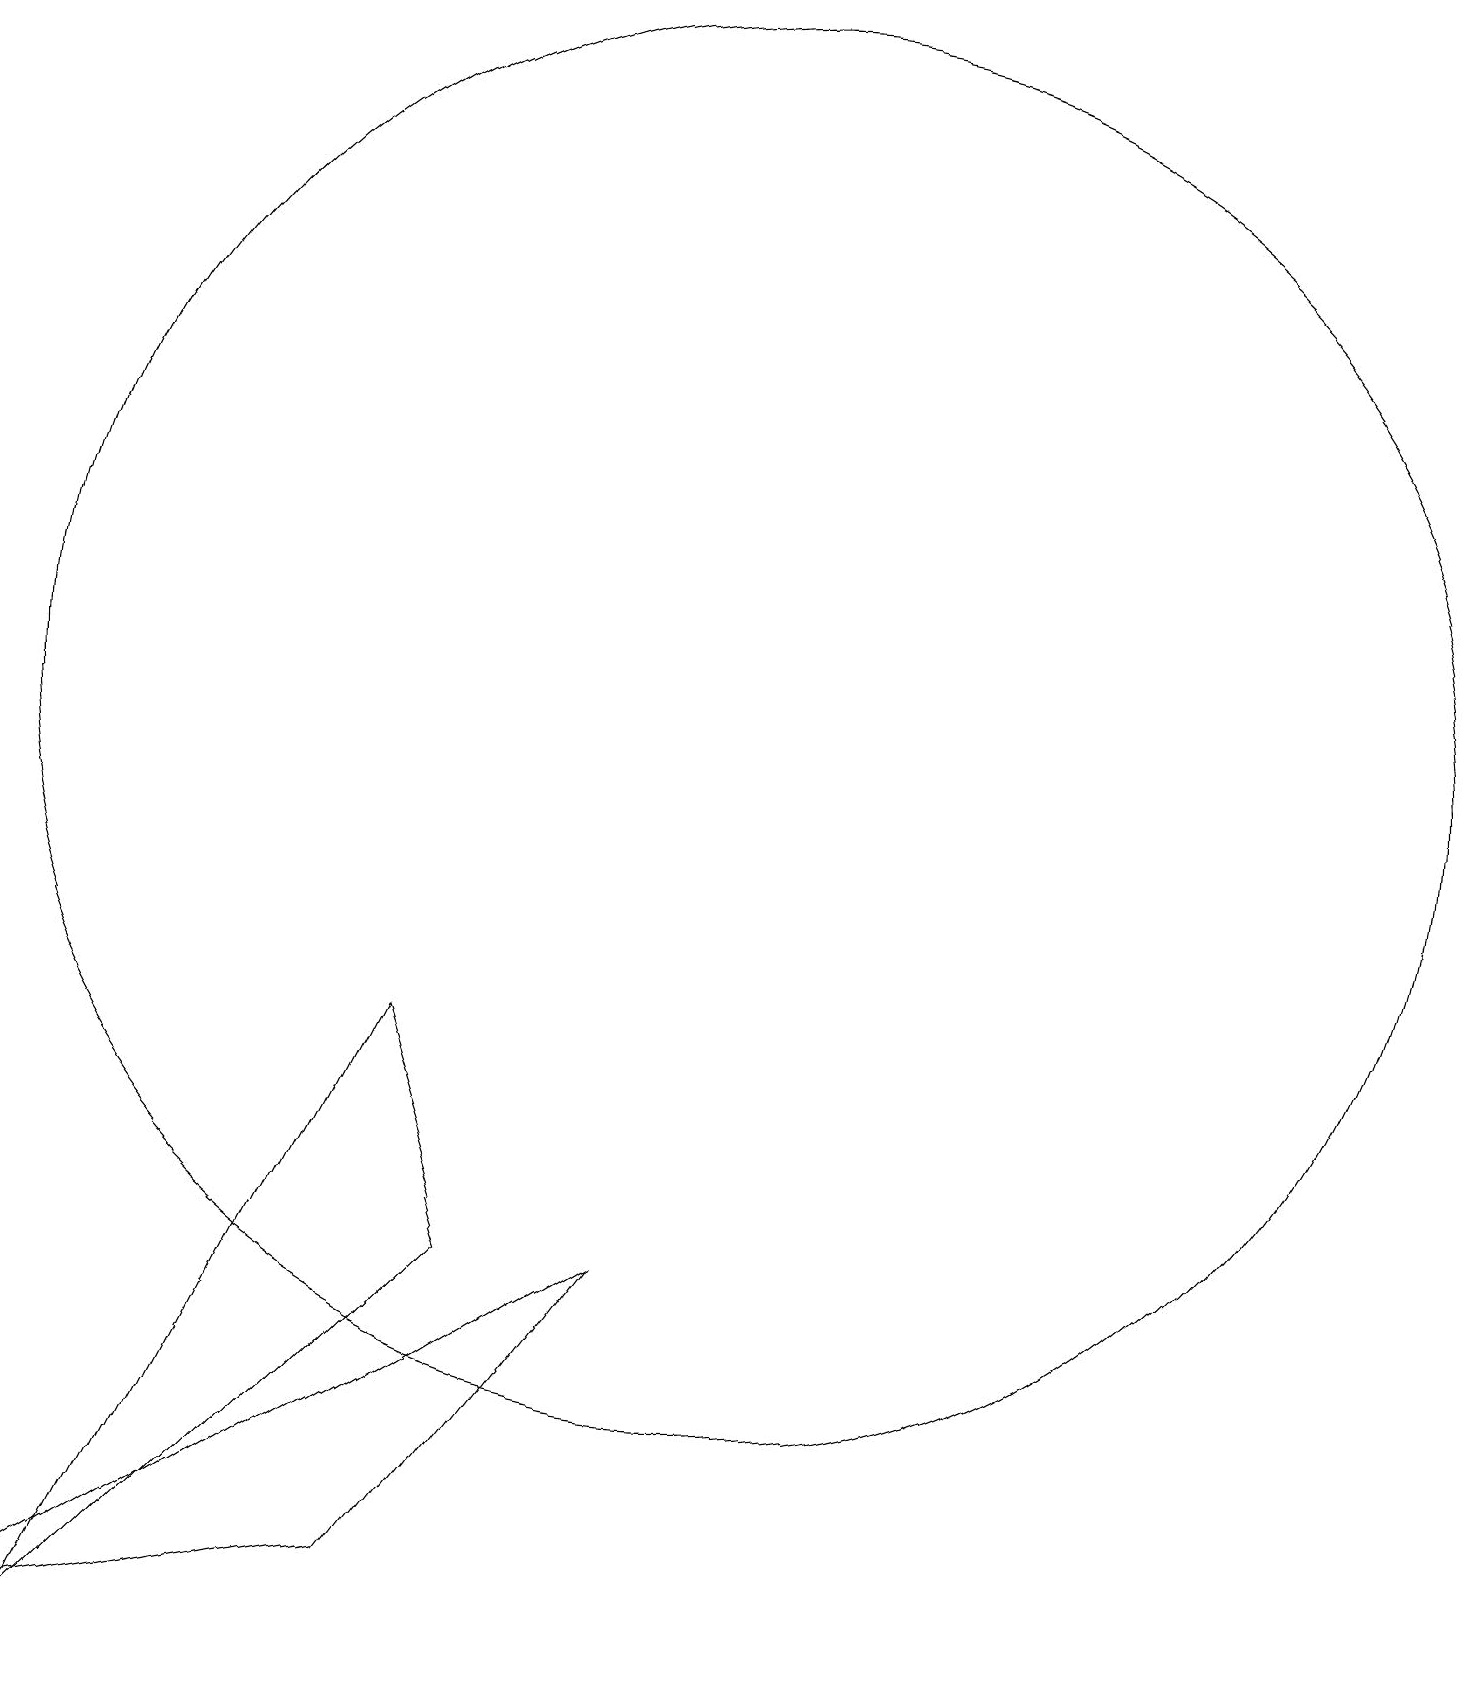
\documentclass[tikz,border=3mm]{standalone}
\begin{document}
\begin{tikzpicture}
\draw (2,0) -- (7,5) -- (6,8) -- cycle;
\draw (9,5) -- (6,1) -- (1,0) -- cycle;
\draw (10,12) circle (9);
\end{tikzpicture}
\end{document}